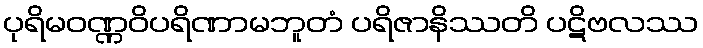
ပုရိမဝဏ္ဏဝိပရိဏာမဘူတံ ပရိဇာနိဿတိ ပဋိဗလဿ